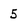
Character: 5